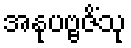
အနုပဗ္ဗဇိံသု